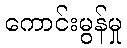
ကောင်းမွန်မှု